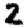
Digit: 2